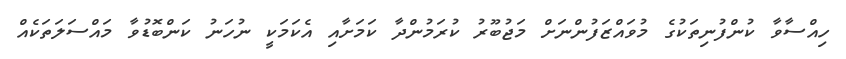
ހިއްސާވާ ކުންފުނިތަކުގެ މުވައްޒަފުންނަށް މަޖުބޫރު ކުރަމުންދާ ކަމަށާއި އެކަމަކީ ނުހަނު ކަންބޮޑުވާ މައްސަލަތަކެއް